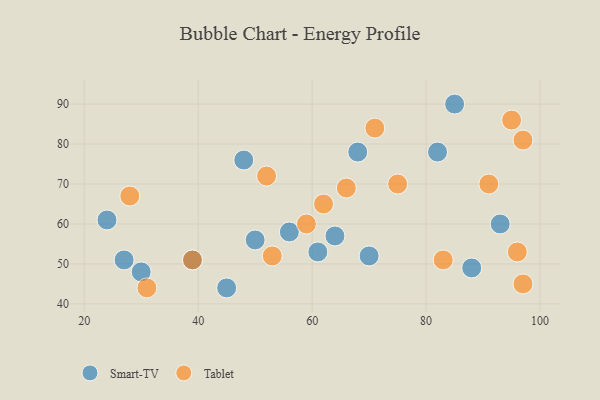
{"axis": {"x": "GDP", "y": "Life Expectancy"}, "legend": ["Smart-TV", "Tablet"], "data": [{"x": "70", "y": 52, "type": "Smart-TV"}, {"x": "61", "y": 53, "type": "Smart-TV"}, {"x": "48", "y": 76, "type": "Smart-TV"}, {"x": "30", "y": 48, "type": "Smart-TV"}, {"x": "50", "y": 56, "type": "Smart-TV"}, {"x": "45", "y": 44, "type": "Smart-TV"}, {"x": "88", "y": 49, "type": "Smart-TV"}, {"x": "68", "y": 78, "type": "Smart-TV"}, {"x": "93", "y": 60, "type": "Smart-TV"}, {"x": "27", "y": 51, "type": "Smart-TV"}, {"x": "85", "y": 90, "type": "Smart-TV"}, {"x": "56", "y": 58, "type": "Smart-TV"}, {"x": "39", "y": 51, "type": "Smart-TV"}, {"x": "24", "y": 61, "type": "Smart-TV"}, {"x": "82", "y": 78, "type": "Smart-TV"}, {"x": "64", "y": 57, "type": "Smart-TV"}, {"x": "31", "y": 44, "type": "Tablet"}, {"x": "62", "y": 65, "type": "Tablet"}, {"x": "66", "y": 69, "type": "Tablet"}, {"x": "52", "y": 72, "type": "Tablet"}, {"x": "59", "y": 60, "type": "Tablet"}, {"x": "97", "y": 81, "type": "Tablet"}, {"x": "83", "y": 51, "type": "Tablet"}, {"x": "95", "y": 86, "type": "Tablet"}, {"x": "75", "y": 70, "type": "Tablet"}, {"x": "71", "y": 84, "type": "Tablet"}, {"x": "96", "y": 53, "type": "Tablet"}, {"x": "97", "y": 45, "type": "Tablet"}, {"x": "53", "y": 52, "type": "Tablet"}, {"x": "39", "y": 51, "type": "Tablet"}, {"x": "91", "y": 70, "type": "Tablet"}, {"x": "28", "y": 67, "type": "Tablet"}]}